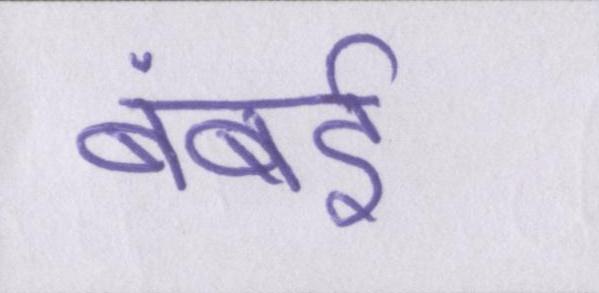
बंबई